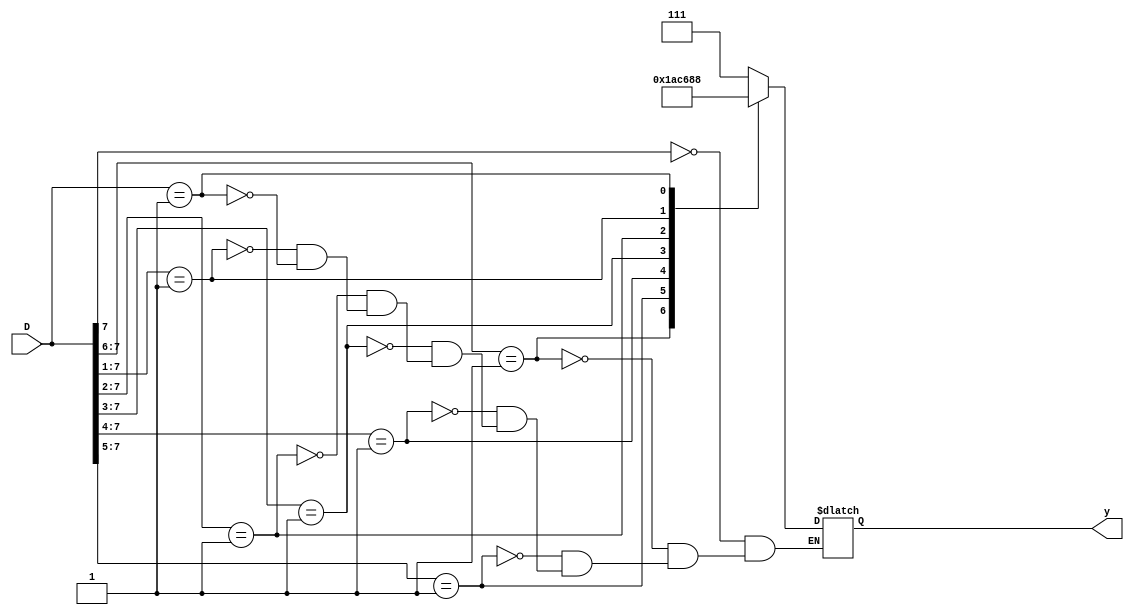
module priority_encoder(
  input [7:0] D,
  output reg [2:0] y);
  
  always@(D) begin
    casex(D)
      8'b1xxx_xxxx: y = 3'b111;
      8'b01xx_xxxx: y = 3'b110;
      8'b001x_xxxx: y = 3'b101;
      8'b0001_xxxx: y = 3'b100;
      8'b0000_1xxx: y = 3'b011;
      8'b0000_01xx: y = 3'b010;
      8'b0000_001x: y = 3'b001;
      8'b0000_0001: y = 3'b000;
      default: $display("Invalid data received");
    endcase
  end
endmodule